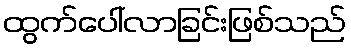
ထွက်ပေါ်လာခြင်းဖြစ်သည်